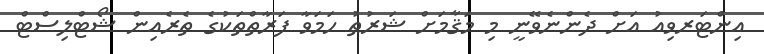
އިންޓަރވިއު އަށް ދެންނެވޭނީ މި މަޤާމަށް ޝަރުޠު ހަމަވާ ފަރާތްތަކުގެ ތެރެއިން ޝޯޓްލިސްޓް